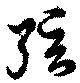
弦